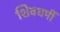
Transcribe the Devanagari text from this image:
शिवधर्मी